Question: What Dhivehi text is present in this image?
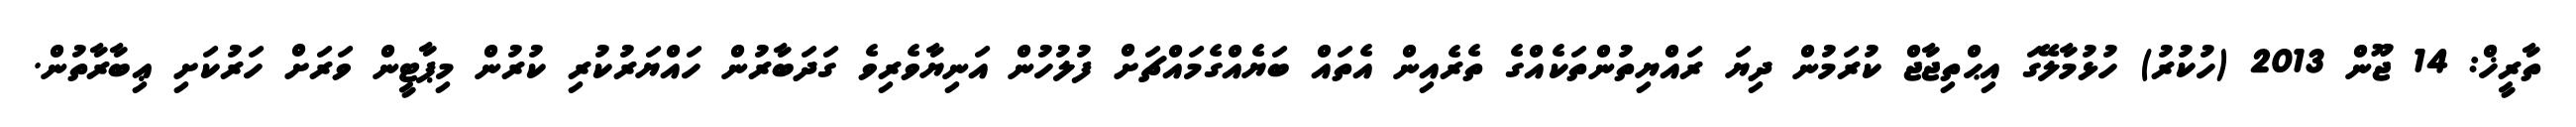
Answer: ތާރީޚް: 14 ޖޫން 2013 (ހުކުރު) ހުޅުމާލޭގަ އިޙްތިޖާޖް ކުރަމުން ދިޔަ ރައްޔިތުންތަކެއްގެ ތެރެއިން އެތައް ބަޔެއްގެމައްޗަށް ފުލުހުން އަނިޔާވެރިވެ ގަދަބާރުން ހައްޔަރުކުރި ކުރުން މިޕާޓީން ވަރަށް ހަރުކަށި ޢިބާރާތުން.